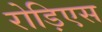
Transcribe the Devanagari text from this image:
रोड़िएस